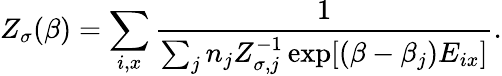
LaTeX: Z_{\sigma}(\beta)=\sum_{i,x}\frac{1}{\sum_{j}n_{j}Z_{\sigma,j}^{-1}\exp[(\beta-\beta_{j})E_{ix}]}.